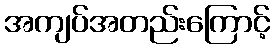
အကျပ်အတည်းကြောင့်